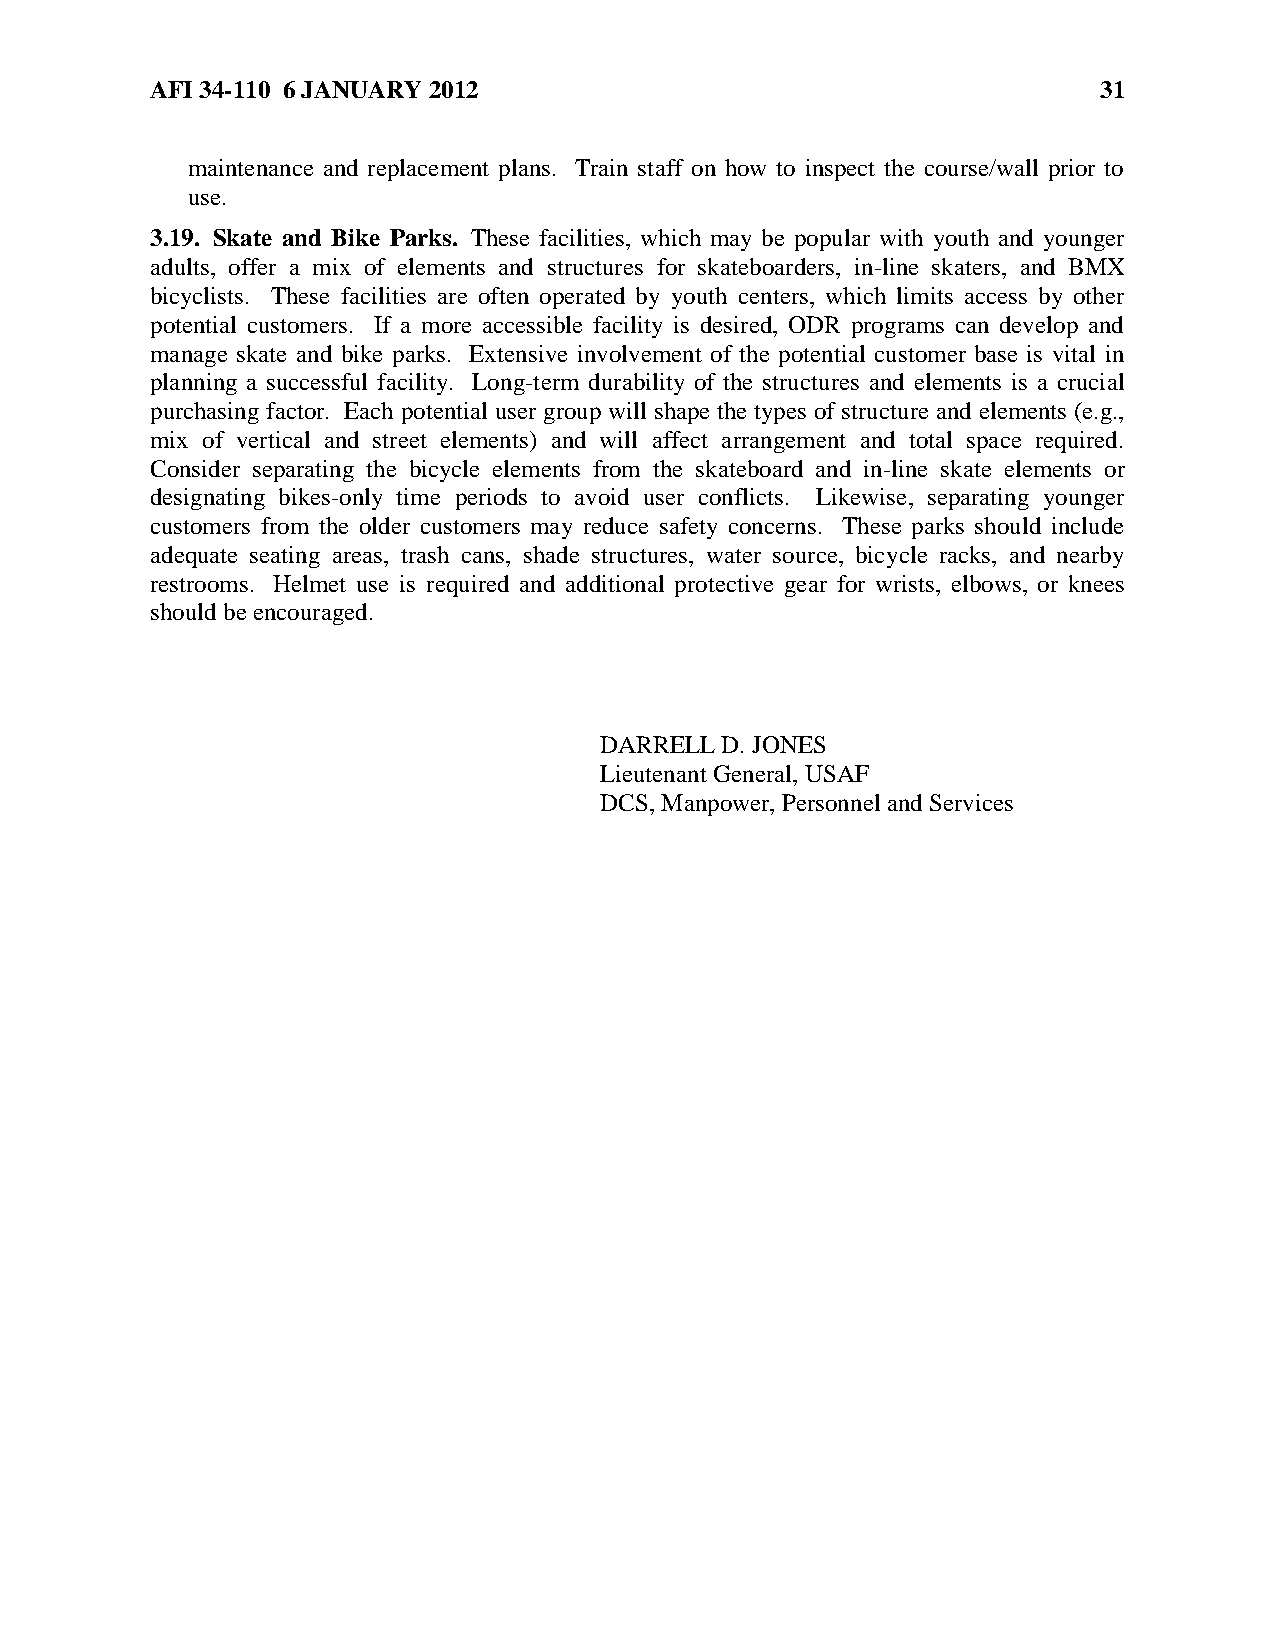
AFI 34-110 6 JANUARY 2012                                      31
 maintenance and replacement plans. Train staff on how to inspect the course/wall prior to
 use.
 3.19. Skate and Bike Parks. These facilities, which may be popular with youth and younger
 adults, offer a mix of elements and structures for skateboarders, in-line skaters, and BMX
 bicyclists. These facilities are often operated by youth centers, which limits access by other
 potential customers. If a more accessible facility is desired, ODR programs can develop and
 manage skate and bike parks. Extensive involvement of the potential customer base is vital in
 planning a successful facility. Long-term durability of the structures and elements is a crucial
 purchasing factor. Each potential user group will shape the types of structure and elements (e.g.,
 mix of vertical and street elements) and will affect arrangement and total space required.
 Consider separating the bicycle elements from the skateboard and in-line skate elements or
 designating bikes-only time periods to avoid user conflicts. Likewise, separating younger
 customers from the older customers may reduce safety concerns. These parks should include
 adequate seating areas, trash cans, shade structures, water source, bicycle racks, and nearby
 restrooms. Helmet use is required and additional protective gear for wrists, elbows, or knees
 should be encouraged.
 DARRELL D. JONES
 Lieutenant General, USAF
 DCS, Manpower, Personnel and Services